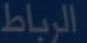
الرباط